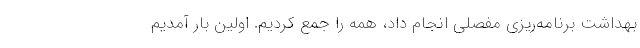
بهداشت برنامه‌ریزی مفصلی انجام داد، همه را جمع کردیم. اولین بار آمدیم